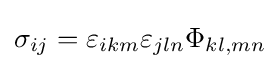
\sigma _{ij}=\varepsilon _{ikm}\varepsilon _{jln}\Phi _{kl,mn}